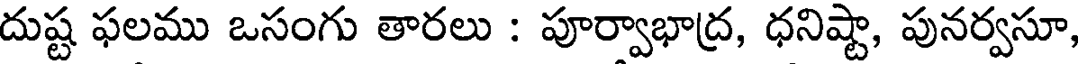
దుష్ట ఫలము ఒసంగు తారలు : పూర్వాభాద్ర, ధనిష్టా, పునర్వసూ,